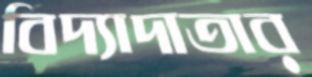
বিদ্যাদাতার